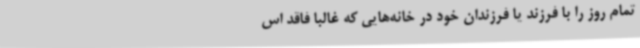
تمام روز را با فرزند یا فرزندان خود در خانه‌هایی که غالبا فاقد اس